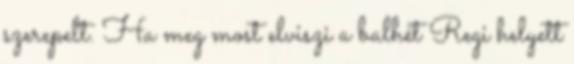
szerepelt. Ha meg most elviszi a balhét Regi helyett